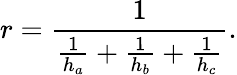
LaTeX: r={\frac{1}{{\frac{1}{h_{a}}}+{\frac{1}{h_{b}}}+{\frac{1}{h_{c}}}}}.